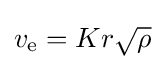
v_{\text{e}}=Kr{\sqrt {\rho }}